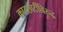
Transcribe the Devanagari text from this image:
काटछाटींविरुद्ध